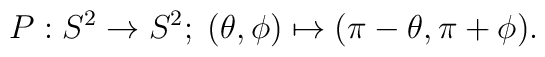
P : S^2 \to S^2; \;	( \theta, \phi )	\mapsto	( \pi -  \theta, \pi + \phi ).